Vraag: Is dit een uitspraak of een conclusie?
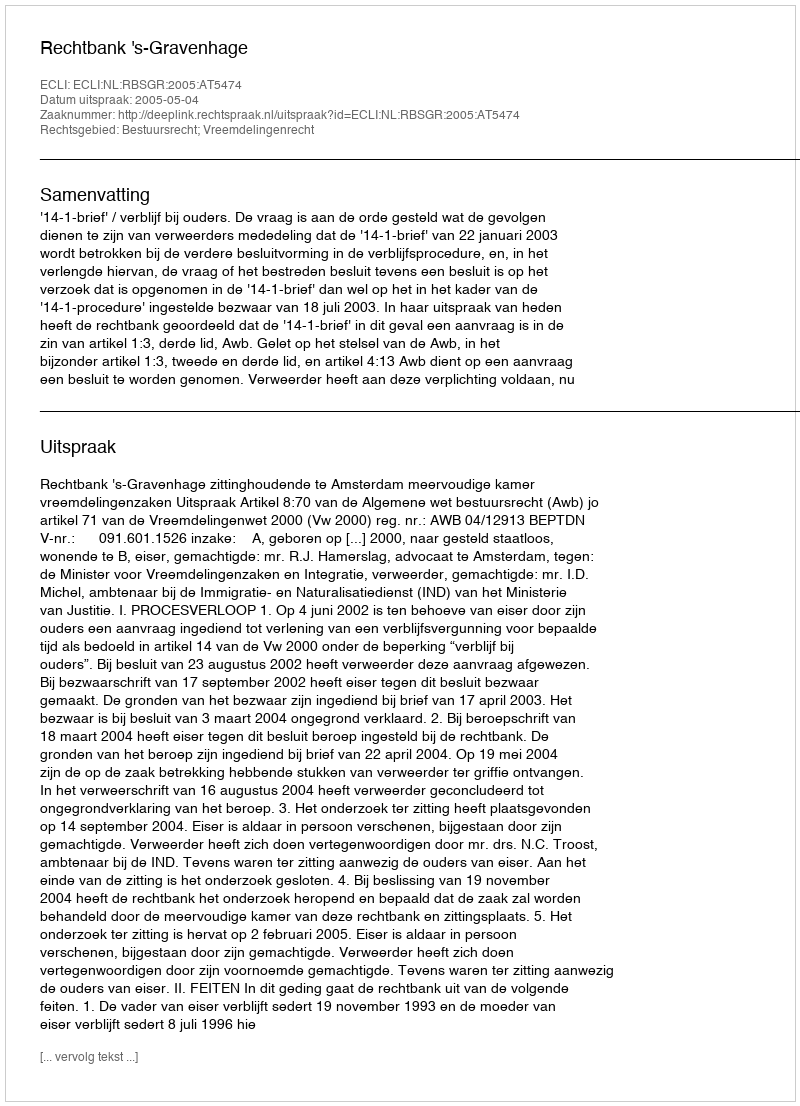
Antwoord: Uitspraak